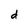
Character: d